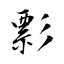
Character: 彯